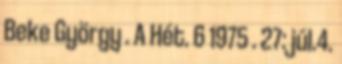
Beke György . A Hét. 6 1975 . 27: júl.4.